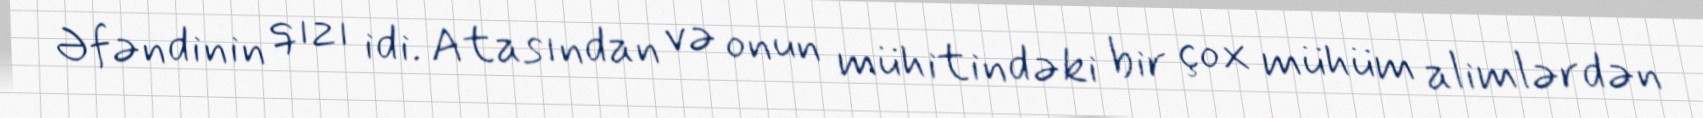
Əfəndinin qızı idi. Atasından və onun mühitindəki bir çox mühüm alimlərdən